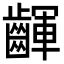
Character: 齳